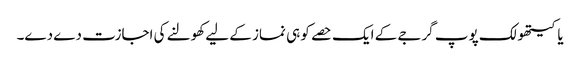
یاکیتھولک پوپ گرجے کے ایک حصے کو ہی نماز کے لیے کھولنے کی اجازت دے دے۔